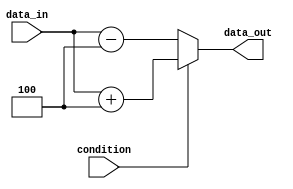
module if_else_statement(
    input wire condition,
    input wire [3:0] data_in,
    output wire [3:0] data_out
);

reg [3:0] temp_data;

always @(*) begin
    if (condition) begin
        // if condition is true, execute this block of code
        temp_data = data_in + 4;
    end 
    else begin
        // if condition is false, execute this block of code
        temp_data = data_in - 4;
    end
end

assign data_out = temp_data;

endmodule